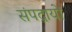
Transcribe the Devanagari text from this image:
संपद्रायों